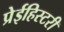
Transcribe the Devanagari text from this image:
प्रेईहिस्टरी